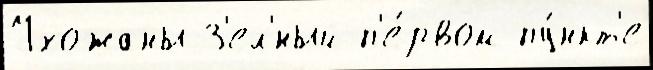
Ухожаны З'ел'́ный п'е́рвом пу́нкт'е